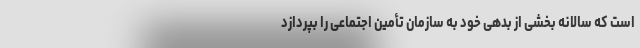
است که سالانه بخشی از بدهی خود به سازمان تأمین اجتماعی را بپردازد